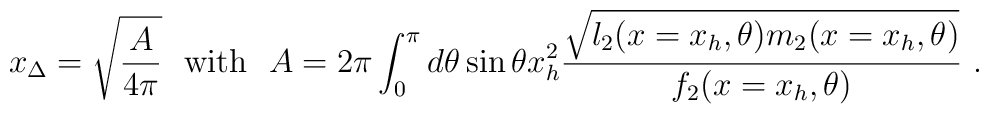
x_{\Delta}=\sqrt{\frac{A}{4\pi}} \ \ {\rm with} \ \ A= 2\pi \int_{0}^{\pi} d\theta\sin\theta x_h^2  \frac{\sqrt{l_2(x=x_h,\theta)m_2(x=x_h,\theta)}}{f_2(x=x_h,\theta)} \ .